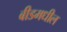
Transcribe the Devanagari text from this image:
बीडमधील